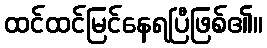
ထင်ထင်မြင်နေရပြီဖြစ်၏။